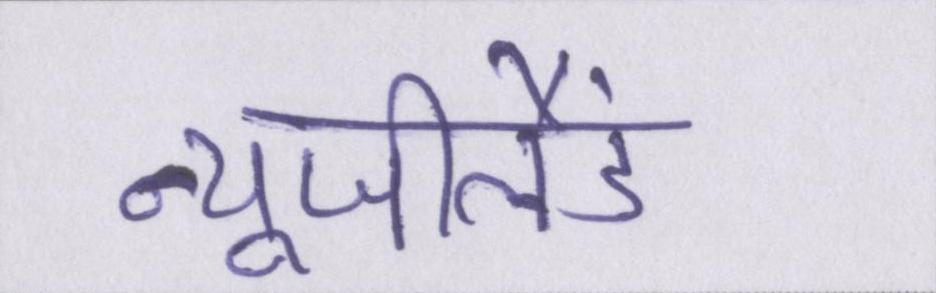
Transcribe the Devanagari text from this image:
न्यूजीलैंड